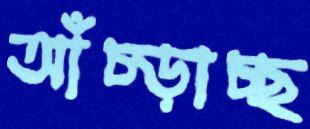
আঁচ্‌ড়াচ্ছ